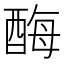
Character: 酶